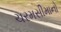
ચરમસીમાનો